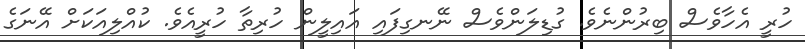
ހުރީ އެހާވެސް ބިރުންނެވެ. ގުޑިލަންވެސް ނޭނގިފައި އައިލީން ހުރިތާ ހުރީއެވެ. ކުއްލިއަކަށް އޭނަގެ